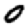
Digit: 0